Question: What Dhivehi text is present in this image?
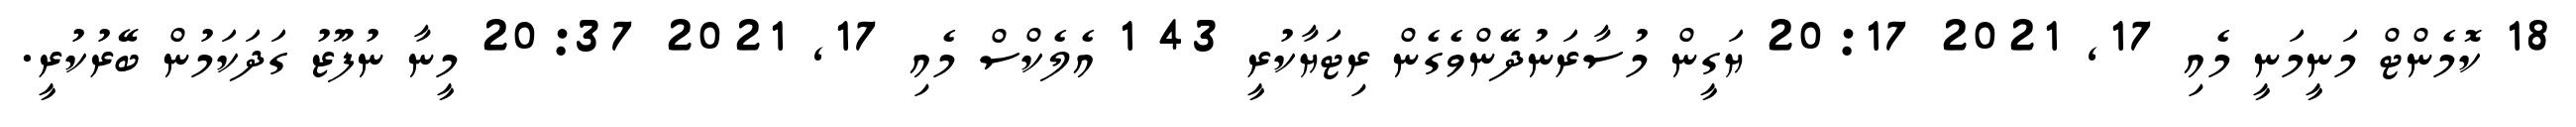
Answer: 18 ކޮމެންޓް މަނީމަނީ މެއި 17, 2021 20:17 ޔަގީން މުސާރަނުދޭންވެގެން ރިޓަޔާކުރީ 43 1 އެލެކްސް މެއި 17, 2021 20:37 މީނާ ނުފޫޒު ގަދަކަމުން ބޭރުކުރީ.